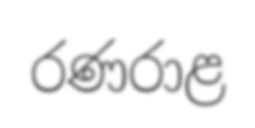
රණරාළ